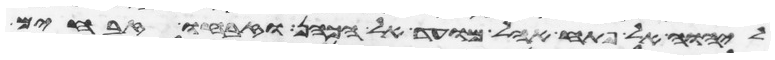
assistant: ליהוה אל פתח אהל מועד אל הכהן וזבחו זבחי